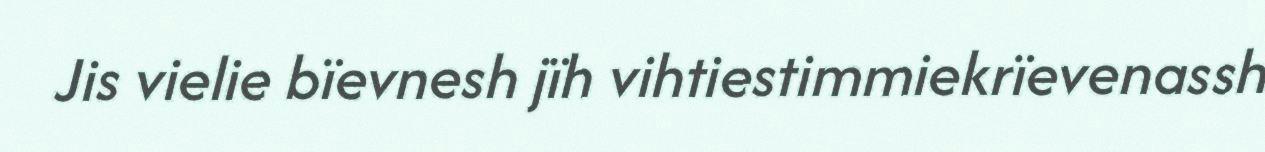
Jis vielie bïevnesh jïh vihtiestimmiekrïevenassh